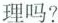
理吗?